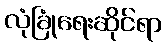
လုံခြုံရေးဆိုင်ရာ